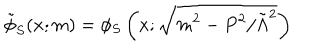
\tilde { \phi } _ { S } ( x ; m ) = \phi _ { S } \left( x ; \sqrt { m ^ { 2 } - P ^ { 2 } / \tilde { \Lambda } ^ { 2 } } \right)